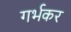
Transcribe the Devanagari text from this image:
गर्भकर